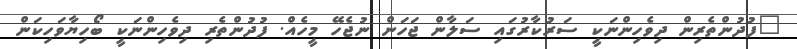
"ފުދުންތެރިން ދިވެހިންނަކީ ސަރުކާރުގައި ސަލާން ޖަހަން ނުޖެހޭ މީހެއް. ފުދުންތެރި ދިވެހިންނަކީ ބޯހިޔާވަހިކަން